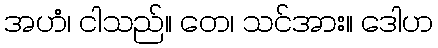
အဟံ၊ ငါသည်။ တေ၊ သင်အား။ ဒေါဟ